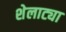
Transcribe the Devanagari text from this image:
शेलाट्या